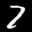
Label: 7